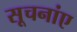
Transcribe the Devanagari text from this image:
सूचनांए